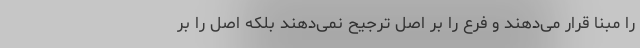
را مبنا قرار می‌دهند و فرع را بر اصل ترجیح نمی‌دهند بلکه اصل را بر